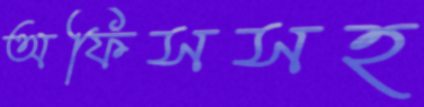
অফিসসহ